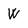
Character: W